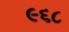
૯૬૮